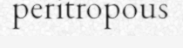
peritropous